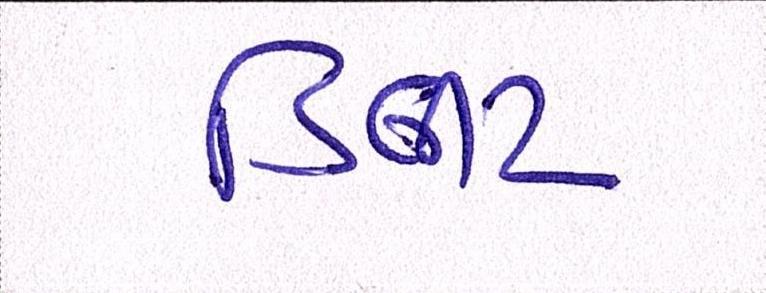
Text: ડિલીટ